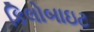
કિલોબાઇટ